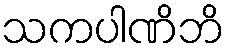
သကပါဏိဘိ